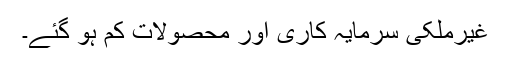
غیرملکی سرمایہ کاری اور محصولات کم ہو گئے۔